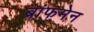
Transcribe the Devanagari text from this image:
ब्रांफमेन